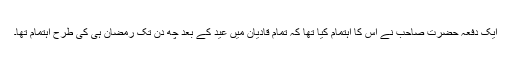
ایک دفعہ حضرت صاحب نے اس کا اہتمام کیا تھا کہ تمام قادیان میں عید کے بعد چھ دن تک رمضان ہی کی طرح اہتمام تھا۔